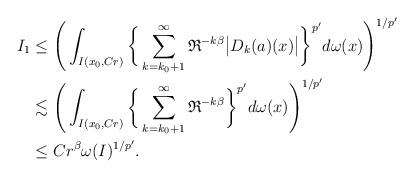
LaTeX: \begin{align*}I_1 &\le \Bigg(\int_{I(x_0,Cr)}\bigg\{\sum_{k=k_0+1}^\infty{\mathfrak R}^{-k\beta}\big|D_k(a)(x)\big|\bigg\}^{p'}d\omega(x)\Bigg)^{1/p'}\\&\lesssim \Bigg(\int_{I(x_0,Cr)}\bigg\{\sum_{k=k_0+1}^\infty{\mathfrak R}^{-k\beta}\bigg\}^{p'}d\omega(x)\Bigg)^{1/p'}\\&\leq C r^\beta \omega(I)^{1/p'}.\end{align*}